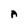
Character: A